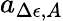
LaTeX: a_{\Delta\epsilon,A}